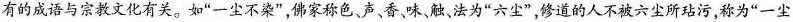
有的成语与宗教文化有关。如”一尘不染”，佛家称色、声、香味，触、法为”六尘”，修道的人不被六尘所玷污，称为”一尘